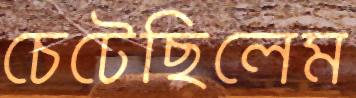
চেটেছিলেম